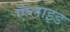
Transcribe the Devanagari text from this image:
ऍप्लाइड